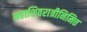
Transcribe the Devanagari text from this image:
महाशिवरात्रीनिमित्त